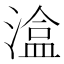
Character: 𭲃